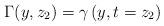
LaTeX: \begin{align*}\Gamma(y,z_2)=\gamma\left(y,t=z_2\right)\end{align*}